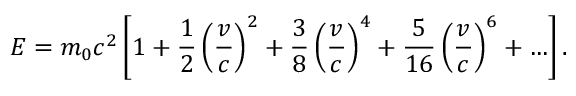
E = m _ { 0 } c ^ { 2 } \left[ 1 + { \frac { 1 } { 2 } } \left( { \frac { v } { c } } \right) ^ { 2 } + { \frac { 3 } { 8 } } \left( { \frac { v } { c } } \right) ^ { 4 } + { \frac { 5 } { 1 6 } } \left( { \frac { v } { c } } \right) ^ { 6 } + \ldots \right] .